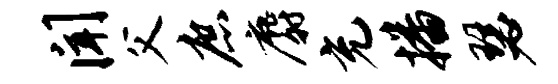
闻父庶麝充播瑟